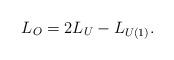
LaTeX: \begin{align*} L_O = 2L_U - L_{U(1)}.\end{align*}